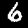
Digit: 6